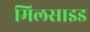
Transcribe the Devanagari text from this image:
मिलसाइड